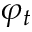
\varphi _ { t }